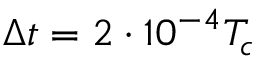
\Delta t = 2 \cdot 1 0 ^ { - 4 } T _ { c }